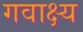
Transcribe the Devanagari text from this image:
गवाक्ष्य